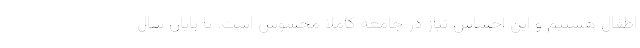
اطفال هستیم و این احساس نیاز در جامعه کاملا محسوس است. تا پایان سال